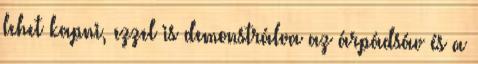
lehet kapni, ezzel is demonstrálva az árpádsáv és a